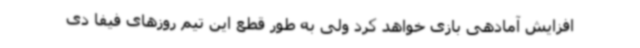
افزایش آمادهی بازی خواهد کرد ولی به طور قطع این تیم روزهای فیفا دی